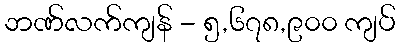
ဘဏ်လက်ကျန် - ၅,၆၇၈,၉၀၀ ကျပ်